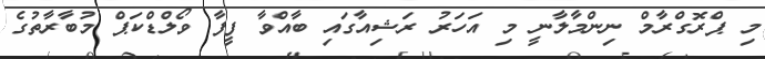
މި ޕްރޮގްރާމް ނިންމާލާނީ މި އަހަރު ރަޝިއާގައި ބާއްވާ ފީފާ ވޯލްޑްކަޕް މުބާރާތުގެ